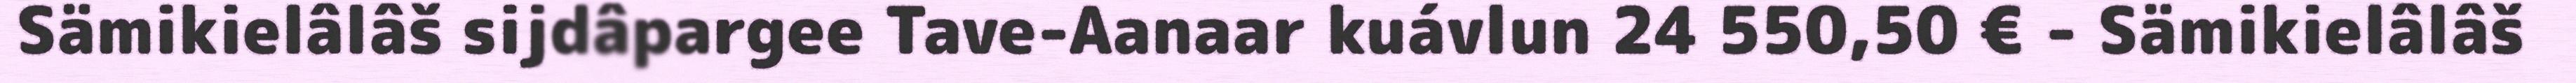
Sämikielâlâš sijdâpargee Tave-Aanaar kuávlun 24 550,50 € - Sämikielâlâš